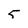
Character: 5